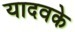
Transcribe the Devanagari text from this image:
यादवके